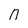
Character: n